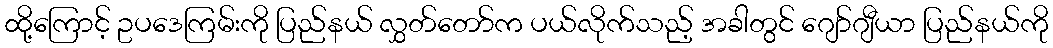
ထို့ကြောင့် ဥပဒေကြမ်းကို ပြည်နယ် လွှတ်တော်က ပယ်လိုက်သည့် အခါတွင် ဂျော်ဂျီယာ ပြည်နယ်ကို